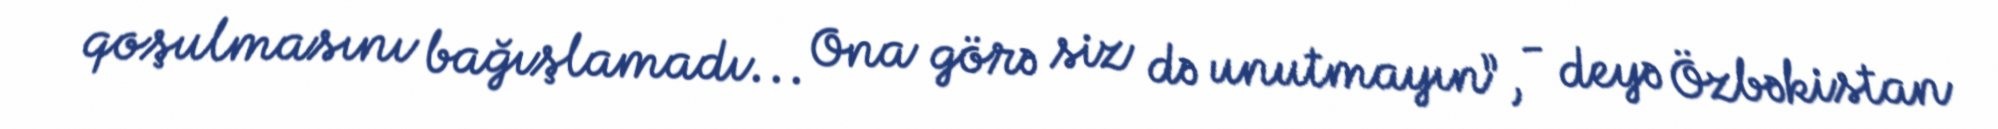
qoşulmasını bağışlamadı... Ona görə siz də unutmayın”, - deyə Özbəkistan